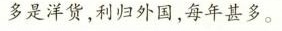
多是洋货，利归外国，每年甚多。